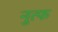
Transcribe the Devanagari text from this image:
नुत्फ